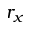
r _ { x }